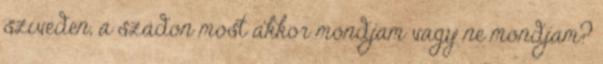
szíveden, a szádon most akkor mondjam vagy ne mondjam?